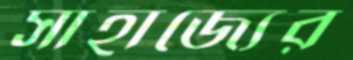
সাহাজ্যের